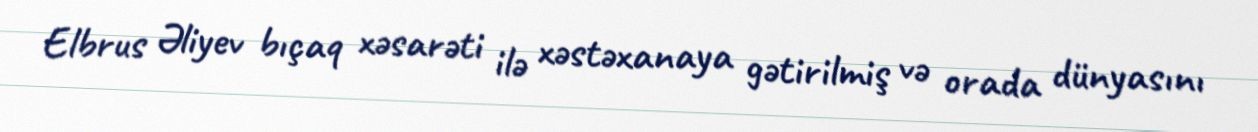
Elbrus Əliyev bıçaq xəsarəti ilə xəstəxanaya gətirilmiş və orada dünyasını